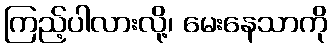
ကြည့်ပါလားလို့၊ မေးနေသာကို